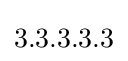
3.3.3.3.3